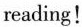
reading!